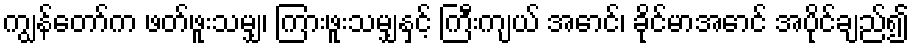
ကျွန်တော်က ဖတ်ဖူးသမျှ၊ ကြားဖူးသမျှနှင့် ကြီးကျယ် အောင်၊ ခိုင်မာအောင် အပိုင်ချည်၍